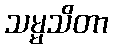
သမ္မသိတာ